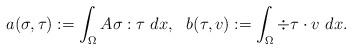
LaTeX: \begin{align*} \begin{aligned} a(\sigma,\tau) &:= \int_{\Omega} A\sigma : \tau\ dx, & b(\tau,v) &:= \int_{\Omega} \div \tau \cdot v\ dx. \end{aligned}\end{align*}